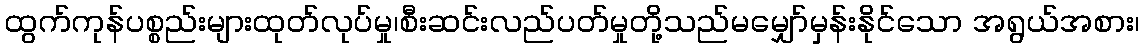
ထွက်ကုန်ပစ္စည်းများထုတ်လုပ်မှု၊စီးဆင်းလည်ပတ်မှုတို့သည်မမျှော်မှန်းနိုင်သော အရွယ်အစား၊